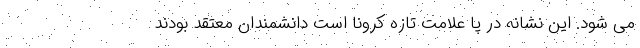
می شود. این نشانه در پا علامت تازه کرونا است دانشمندان معتقد بودند